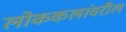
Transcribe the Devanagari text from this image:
लोककलांवरील